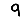
Digit: 9